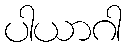
ပါယာဂါ